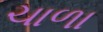
ચાળા